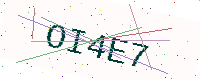
Text: OI4E7